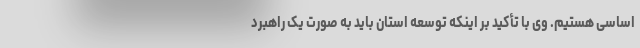
اساسی هستیم. وی با تأکید بر اینکه توسعه استان باید به صورت یک راهبرد